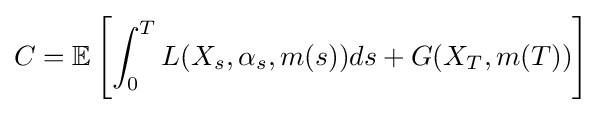
C=\mathbb {E} \left[\int _{0}^{T}L(X_{s},\alpha _{s},m(s))ds+G(X_{T},m(T))\right]